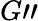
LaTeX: G"